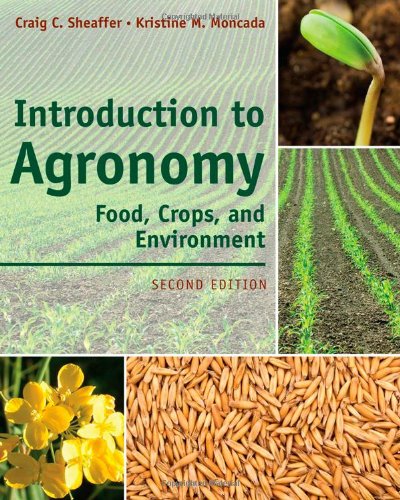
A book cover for Introduction to Agronomy: Food, Crops, and Environment; Craig C. Sheaffer; Science & Math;